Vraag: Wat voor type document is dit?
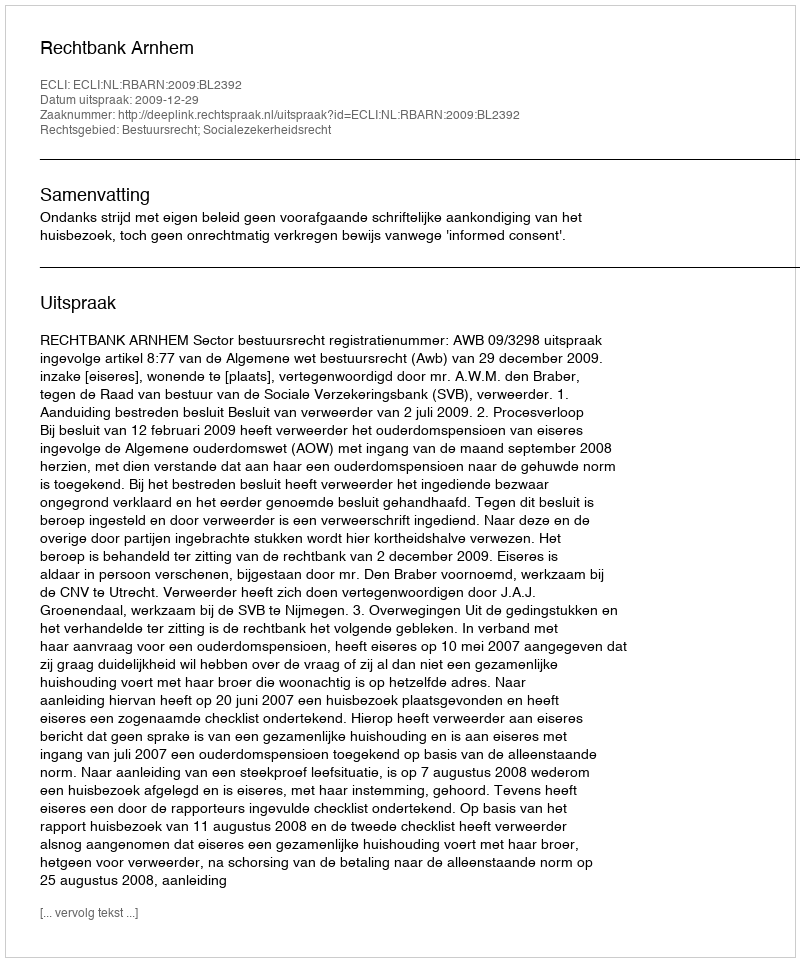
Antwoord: Uitspraak